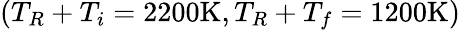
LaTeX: (T_{R}+T_{i}=2200\mathrm{K},T_{R}+T_{f}=1200\mathrm{K})